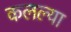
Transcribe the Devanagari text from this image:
कलल्या